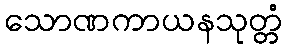
သောဏကာယနသုတ္တံ